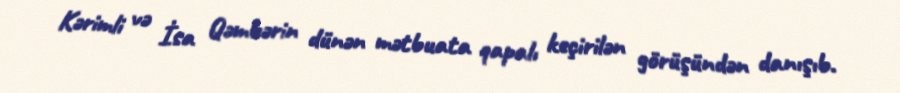
Kərimli və İsa Qəmbərin dünən mətbuata qapalı keçirilən görüşündən danışıb.